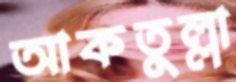
আকতুল্লা